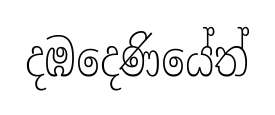
දඹදෙණියේත්